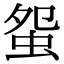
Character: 䖤